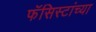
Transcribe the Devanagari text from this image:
फॅसिस्टांच्या